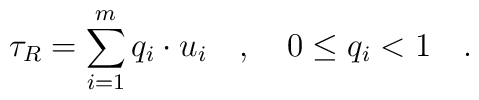
\tau _R=\sum_{i=1}^mq_i\cdot u_i\quad ,\quad 0\le q_i<1\quad.